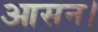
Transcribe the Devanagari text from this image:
आसन।